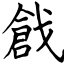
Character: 戧